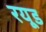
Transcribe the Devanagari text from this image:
रयूड